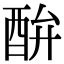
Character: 䣲